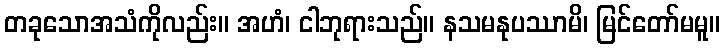
တခုသောအသံကိုလည်း။ အဟံ၊ ငါဘုရားသည်။ နသမနုပဿာမိ၊ မြင်တော်မမူ။